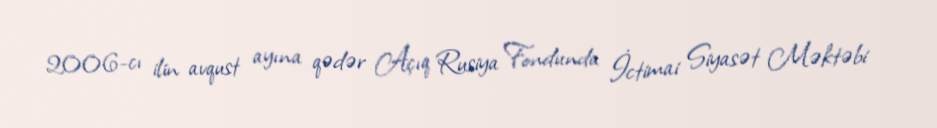
2006-cı ilin avqust ayına qədər Açıq Rusiya Fondunda İctimai Siyasət Məktəbi